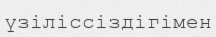
үзіліссіздігімен